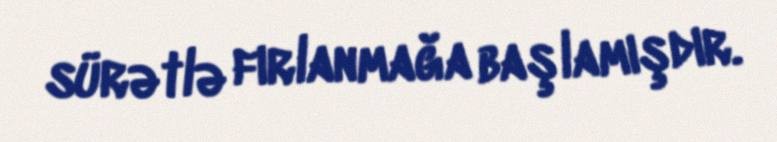
sürətlə fırlanmağa başlamışdır.